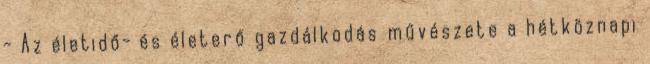
- Az életidő- és életerő gazdálkodás művészete a hétköznapi